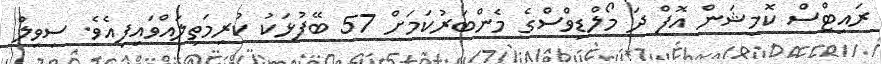
ރައިޓްސް ކޮމިޝަން އޮފް ދަ މޯލްޑިވްސްގެ މެންބަރުކަމަށް 57 ބޭފުޅަކު ކުރިމަތިލައްވައިފިއެވެ. ސިވިލް